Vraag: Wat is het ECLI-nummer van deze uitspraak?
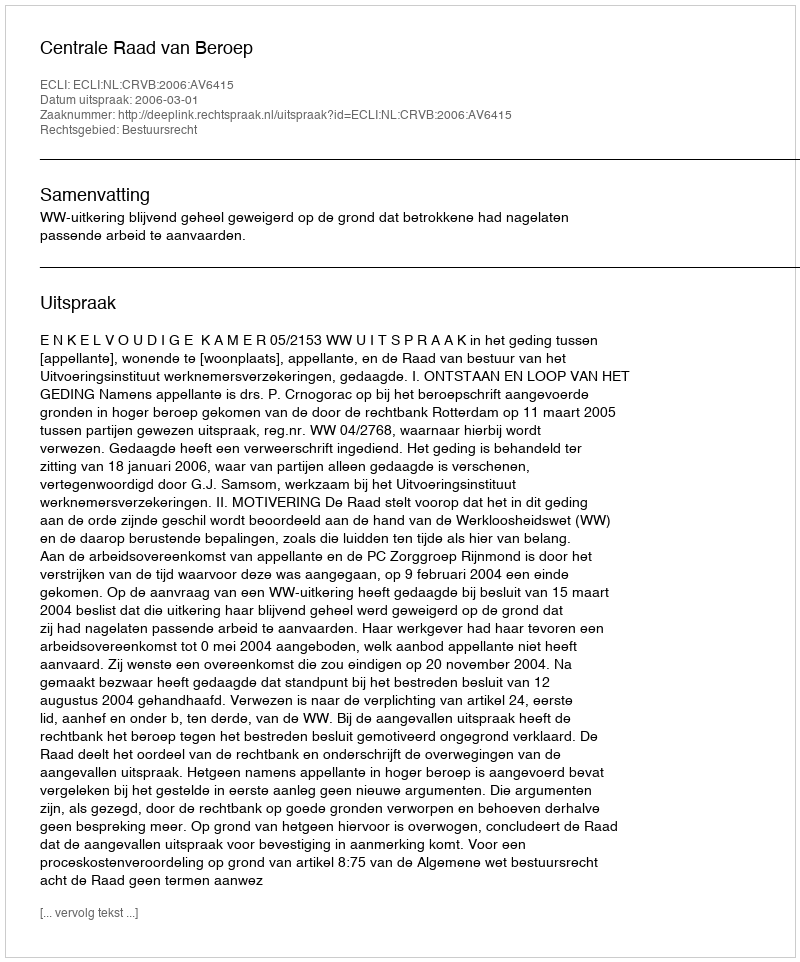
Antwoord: ECLI:NL:CRVB:2006:AV6415